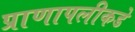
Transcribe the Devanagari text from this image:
प्राणापलीकडे